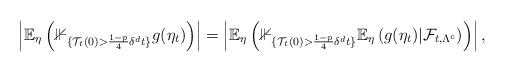
LaTeX: \begin{align*} \left|\mathbb{E}_\eta\left(\mathbb{1}_{\{\mathcal{T}_t(0) > \frac{1-p}{4}\delta^d t\}} g(\eta_t)\right)\right| = \left|\mathbb{E}_\eta\left(\mathbb{1}_{\{\mathcal{T}_t(0) > \frac{1-p}{4}\delta^d t\}} \mathbb{E}_\eta\left(g(\eta_t)|\mathcal{F}_{t,\Lambda^c}\right)\right)\right|,\end{align*}